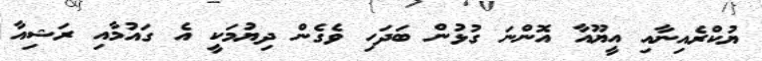
ޔުކްރެއިނާއި އީޔޫއާ އޮންނަ ގުޅުން ބަދަހި ވެގެން ދިޔުމަކީ އެ ގައުމާއި ރަޝިއާ